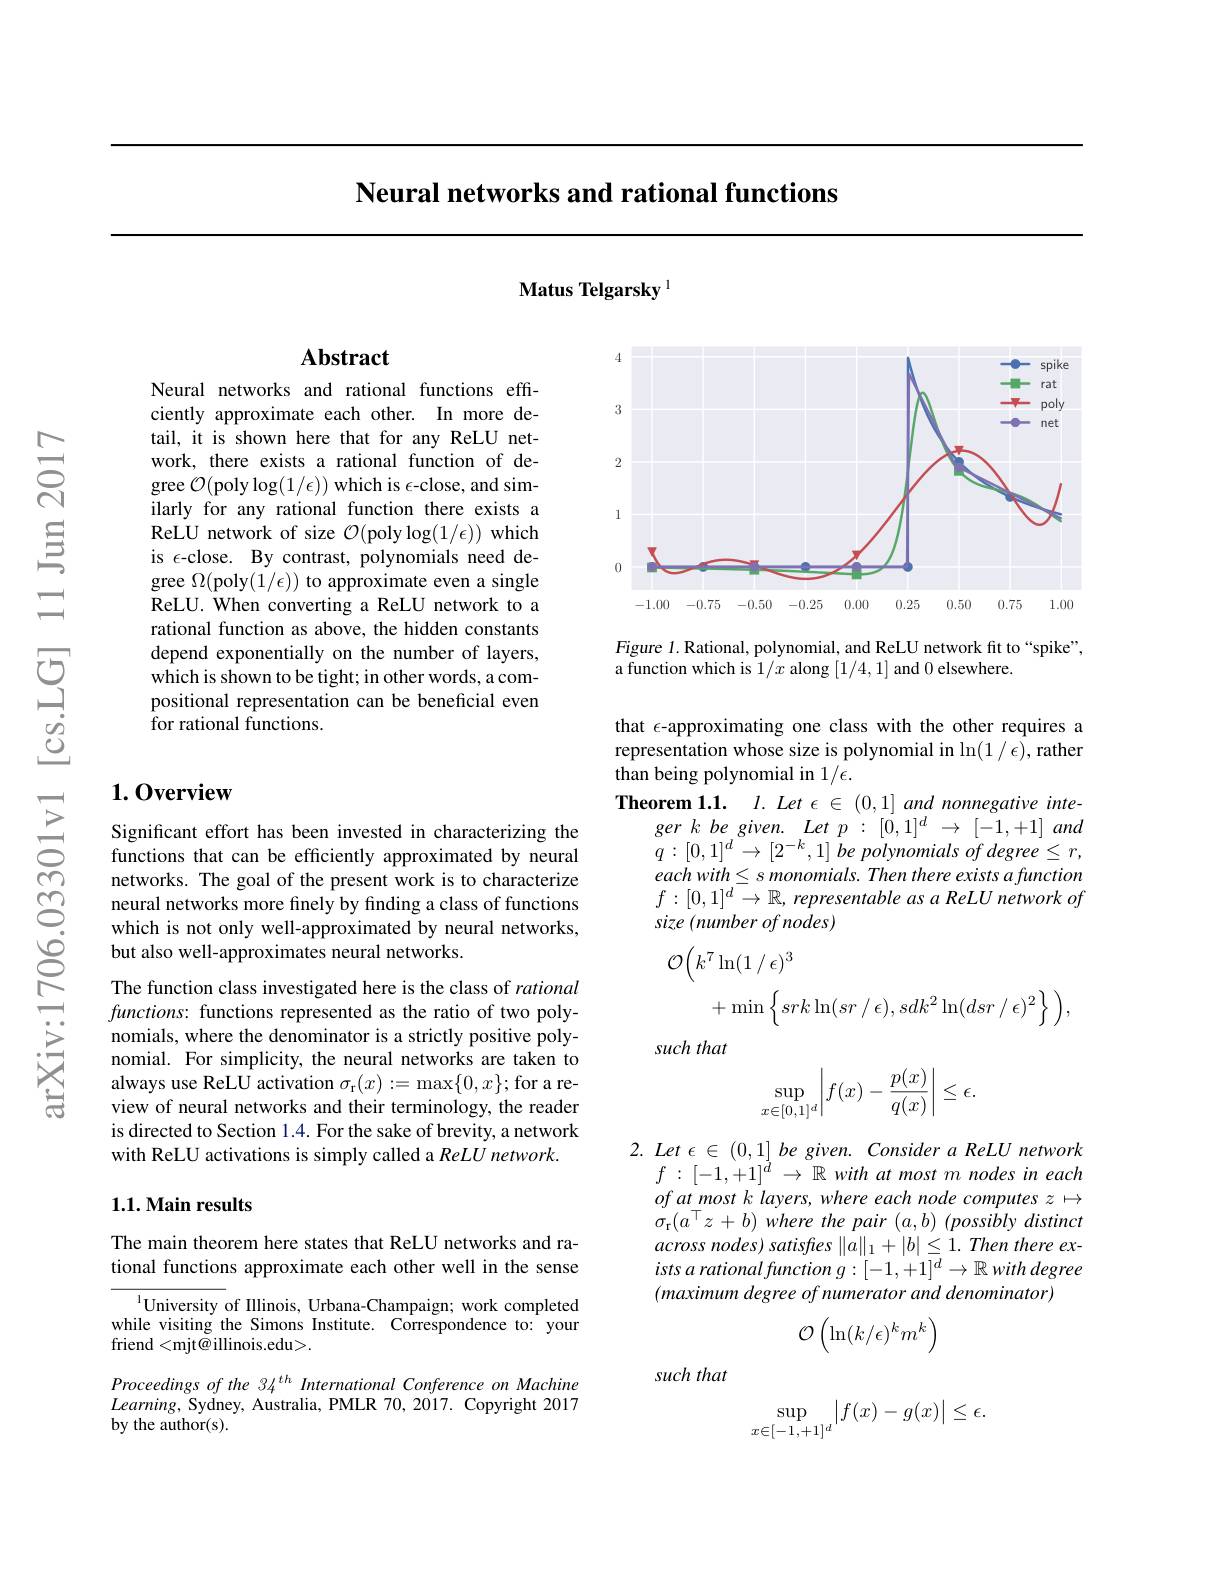
Neural networks and rational functions

Matus Telgarsky I

## $\mathbf{Abstract}$

Neural networks and rational functions efficiently approximate each other. In more detail, it is shown here that for any ReLU network, there exists a rational function of degree $\mathcal{O}($poly$\log(1/\epsilon))$ which is $\epsilon$-close, and similarly for any rational function there exists a ReLU network of size $\mathcal{O}($poly$\log(1/\epsilon))$ which is $\epsilon$-close. By contrast, polynomials need degree $\Omega($poly$(1/\epsilon))$ to approximate even a single ReLU. When converting a ReLU network to a rational function as above, the hidden constants depend exponentially on the number of layers, which is shown to be tight; in other words, a compositional representation can be beneficial even for rational functions.

## 1.0verview

Significant effort has been invested in characterizing the functions that can be efficiently approximated by neural networks. The goal of the present work is to characterize neural networks more finely by finding a class of functions which is not only well-approximated by neural networks, but also well-approximates neural networks.

The function class investigated here is the class of rational functions: functions represented as the ratio of two polynomials, where the denominator is a strictly positive polynomial. For simplicity, the neural networks are taken to always use ReLU activation $\sigma_\mathrm{r}(x):=\max\{0,x\};$ for a review of neural networks and their terminology, the reader is directed to Section 1.4. For the sake of brevity, a network with ReLU activations is simply called a ReLU network

### 1.1. Main results

The main theorem here states that ReLU networks and rational functions approximate each other well in the sense

$^{1}$University of Illinois, Urbana-Champaign; work completed while visiting the Simons Institute. Correspondence to: your friend<mjt@ illinois.edu>.

Proceedings of the 34 th International Conference on Machine $Learning$, Sydney, Australia, PMLR 70, 2017. Copyright 2017 by the author(s).

<FigureHere>

Figure 1. Rational, polynomial, and ReLU network fit to“spike”,
a function which is $1/x$ along [1/4,1] and 0 elsewhere

that $\epsilon$-approximating one class with the other requires a representation whose size is polynomial in $\ln(1/\epsilon)$, rather than being polynomial in $1/\epsilon.$
Theorem 1.1. $l.$ Let $\epsilon\in(0,1]$ and nonnegative inte-
ger $k$ $be$ $given.$ Let $p$ : $[ 0, 1] ^{d}$ $\to$ [-1,+1] and $q:[0,1]^{d}\to[2^{-k},1]$ be polynomials of degree $\leq r$, $eachwith\leq s\textit{ monomials. Then there exists afunction}$ $f:[0,1]^d\to\mathbb{R}$, representable as a ReLU network of size (number of nodes)
$$\begin{aligned}\mathcal{O}\Big(k^{7}\ln(1\:/\:\epsilon)^{3}\\&+\min\Big\{srk\ln(sr/\epsilon),sdk^{2}\ln(dsr/\epsilon)^{2}\Big\}\Big),\end{aligned}$$
such that
$$\sup\limits_{x\in[0,1]^d}\left|f(x)-\frac{p(x)}{q(x)}\right|\leq\epsilon.$$
$2. Let\epsilon \in ( 0, 1] \textit{be given. Consider a ReLU network}$
$f:[-1,+1]^{d}\to\mathbb{R}withatmostmnodesineach$ $ofat\_ most$ $k$ $layers$, where each node computes $z$ $\mapsto$ $\sigma_{\mathrm{r}}(a^{\top}z+b)$ where the pair $(a,b)$ (possibly distinct across nodes) satisfres $\| a\| _1+ | b| \leq 1. \textit{Then there ex- }$ $istsarationalfunctiong:[-1,+1]^d\to\mathbb{R}with$ degree $( maximum\textit{ degree of numerator and denominator})$
$$\mathcal{O}\begin{pmatrix}\ln(k/\epsilon)^km^k\end{pmatrix}$$
such that
$$\sup_{x\in[-1,+1]^d}\bigl|f(x)-g(x)\bigr|\leq\epsilon.$$